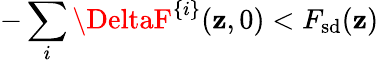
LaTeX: -\sum_{i}\DeltaF^{\{ i\} }(\mathbf{z},0)<F_{\mathrm{{sd}}}(\mathbf{z})